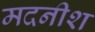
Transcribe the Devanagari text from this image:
मदनीश